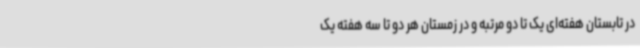
در تابستان هفته‌ای یک تا دو مرتبه و در زمستان هر دو تا سه هفته یک